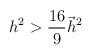
LaTeX: \begin{align*}h^2>\frac{16}9\vec h^2 \end{align*}